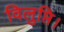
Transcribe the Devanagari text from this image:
विलुप्ति।